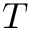
T